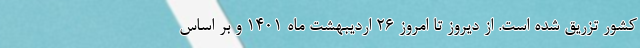
کشور تزریق شده است. از دیروز تا امروز ۲۶ اردیبهشت ماه ۱۴۰۱ و بر اساس